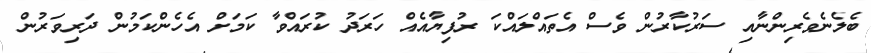
ބެލެނެވެރިންނާއި ސަރުކާރުން ވެސް އެތައްލައްކަ ރުފިޔާއެއް ހަރަދު ކުރައްވާ ކަމަށް އެހެންކަމުން ދަރިވަރުން